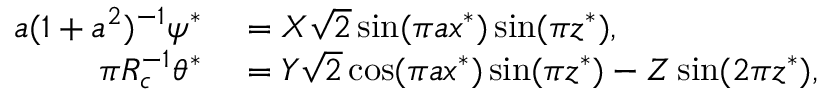
\begin{array} { r l } { a ( 1 + a ^ { 2 } ) ^ { - 1 } \psi ^ { * } } & { { } = X \sqrt { 2 } \sin ( \pi a x ^ { * } ) \sin ( \pi z ^ { * } ) , } \\ { \pi R _ { c } ^ { - 1 } \theta ^ { * } } & { { } = Y \sqrt { 2 } \cos ( \pi a x ^ { * } ) \sin ( \pi z ^ { * } ) - Z \sin ( 2 \pi z ^ { * } ) , } \end{array}